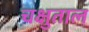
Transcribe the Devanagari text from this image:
चक्षुताल